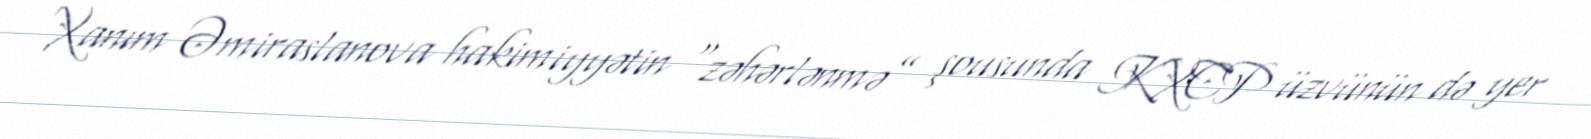
Xanım Əmiraslanova hakimiyyətin “zəhərlənmə” şousunda KXCP üzvünün də yer